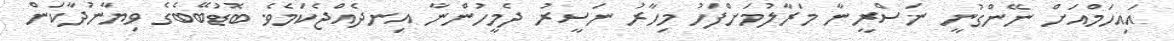
އައިހަމްއަށް ނޭންގުނީ ނަސްރީނާ މަރާލުމަށްފަހު މިހާރު ނަސީރު ދެމީހުންނާ އިނދެއްޖެކަމެވެ. ބޮޑުބޭބެގެ ވިޔާނުދާކަން